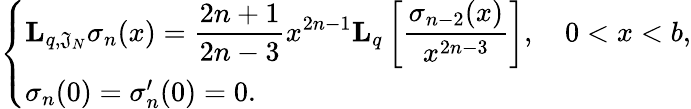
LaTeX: \left\{ \begin{array}{ll}{\displaystyle\mathbf{L}_{q,\mathfrak{J}_{N}}\sigma_{n}(x)=\frac{2n+1}{2n-3}x^{2n-1}\mathbf{L}_{q}\left[\frac{\sigma_{n-2}(x)}{x^{2n-3}}\right],\quad 0<x<b,}\\ {\sigma_{n}(0)=\sigma_{n}^{\prime}(0)=0.}\end{array}\right.